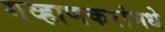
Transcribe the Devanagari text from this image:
गव्हाणकरांमधे